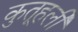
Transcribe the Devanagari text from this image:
कुतूहली